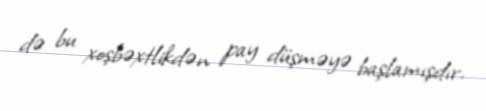
də bu xoşbəxtlikdən pay düşməyə başlamışdır.